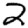
Digit: 2